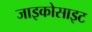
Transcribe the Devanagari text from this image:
जाइकोसाइट